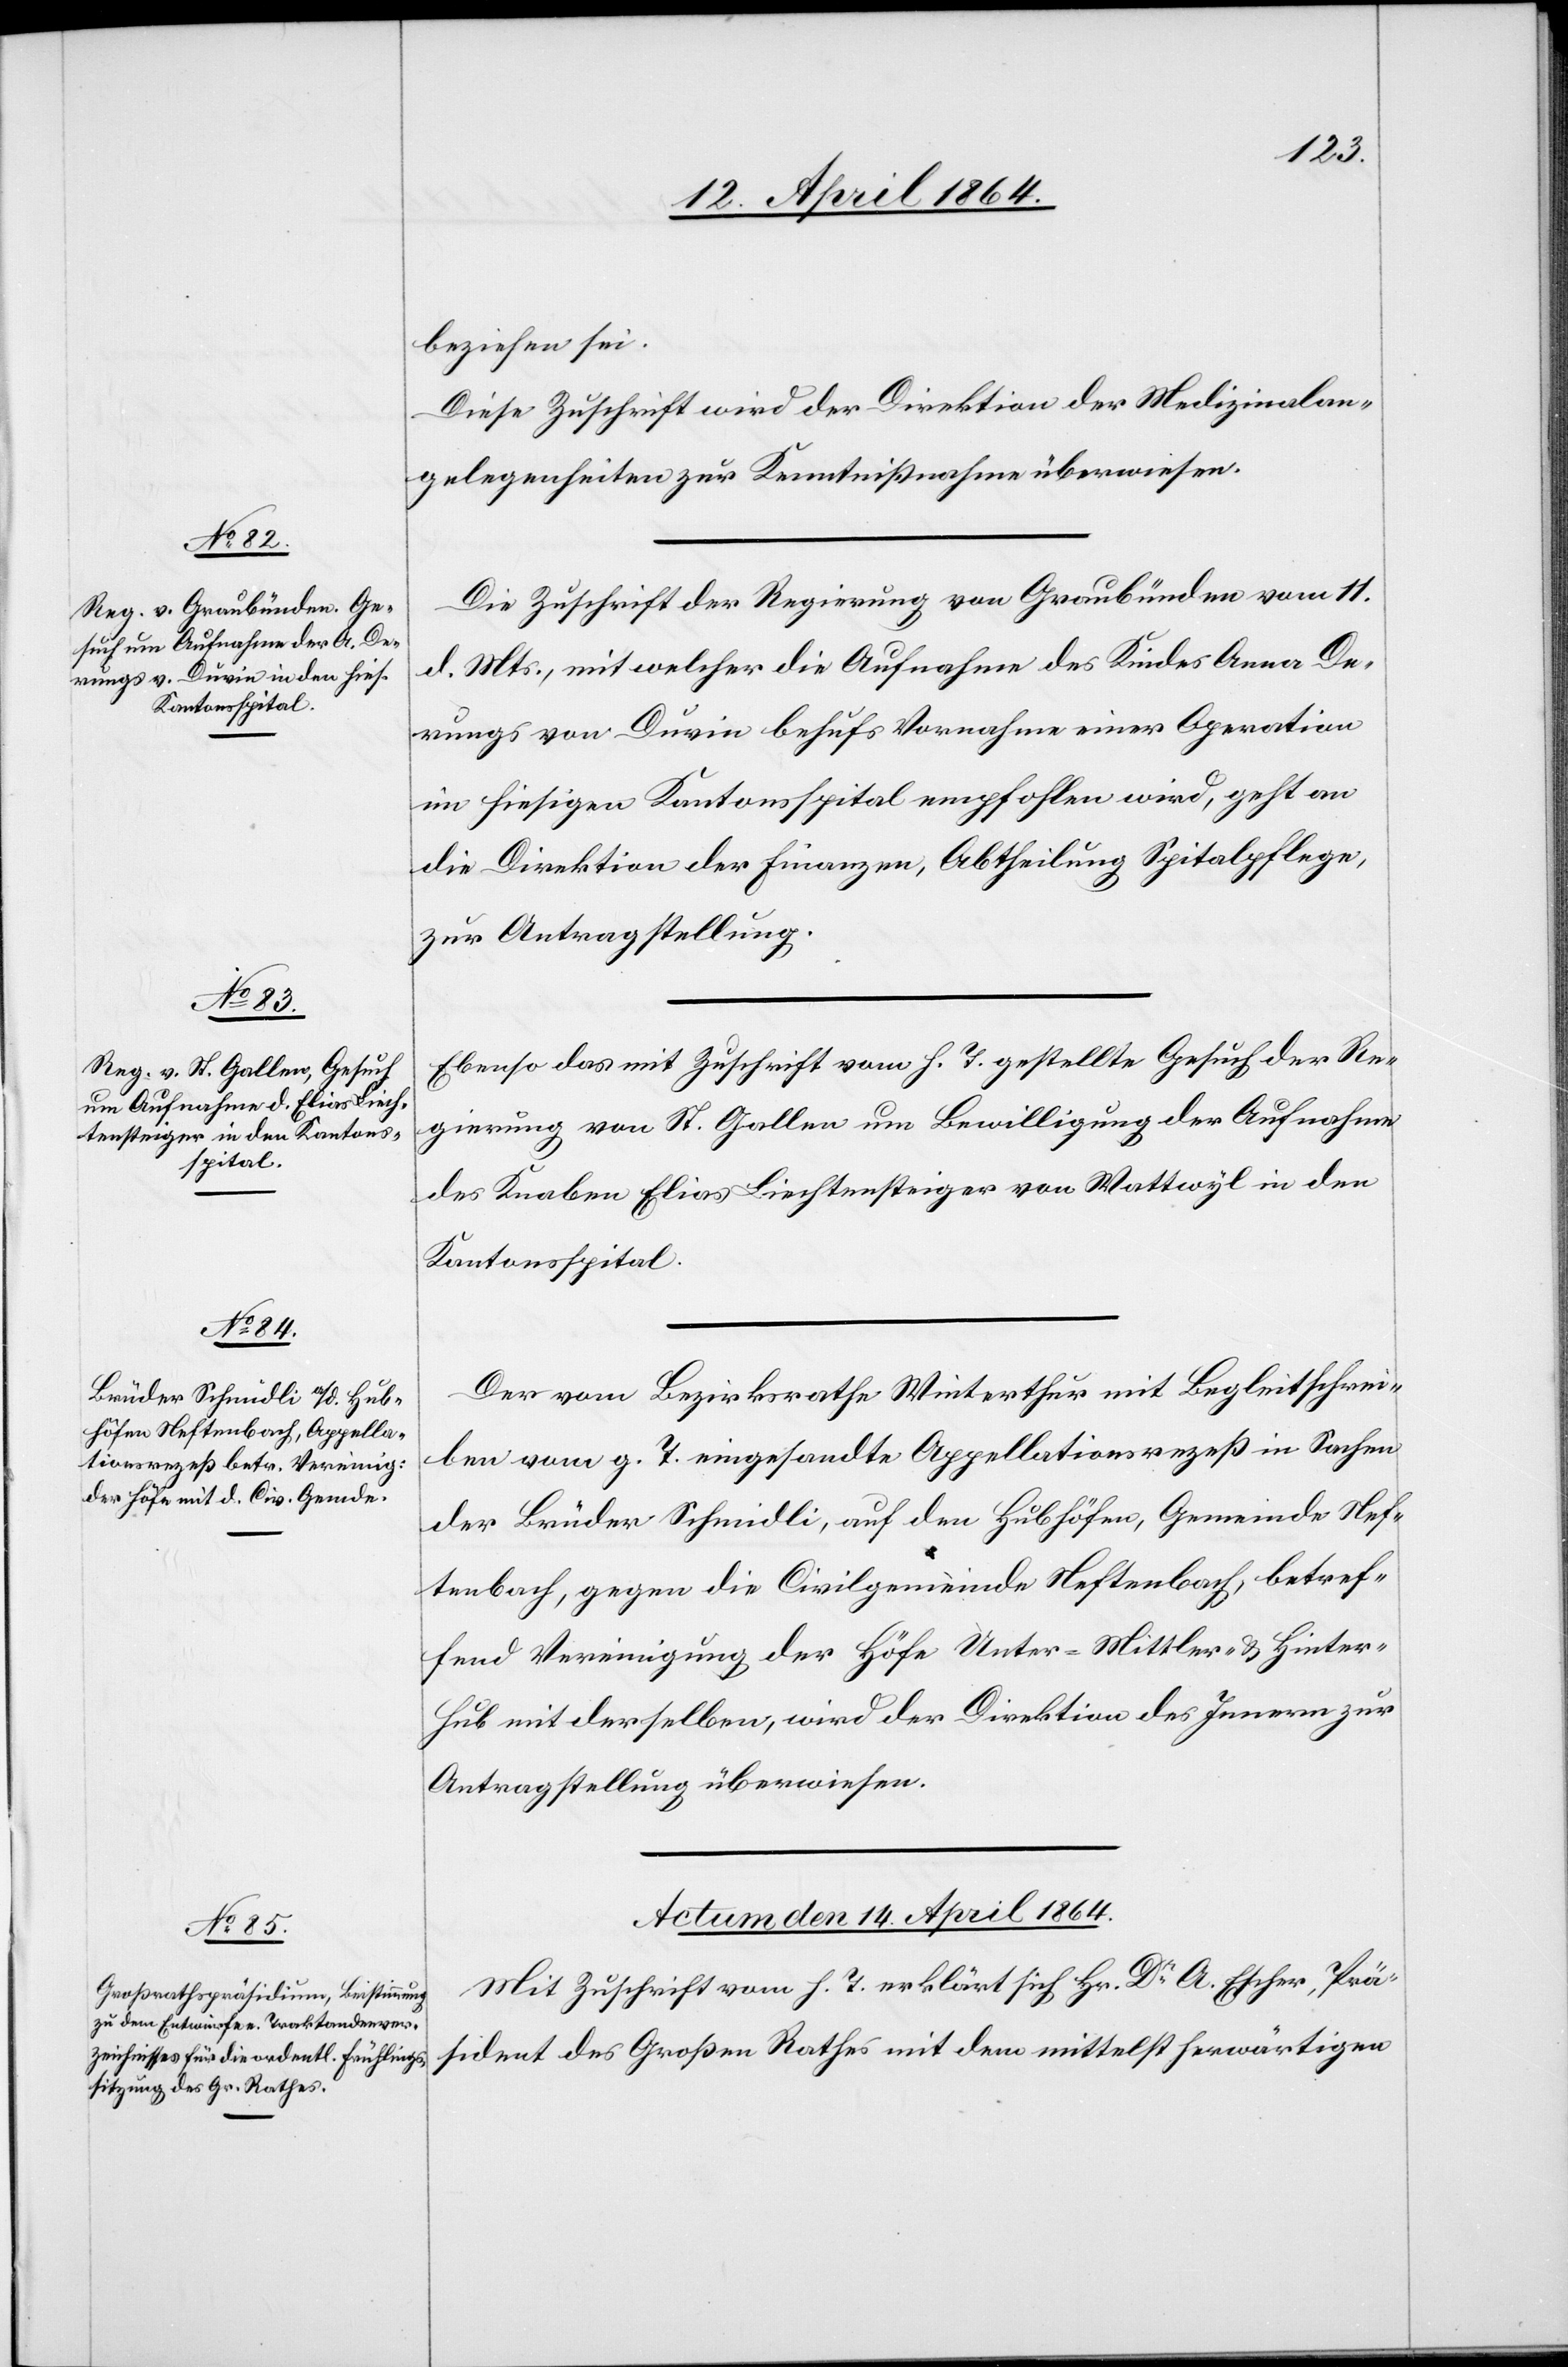
beziehen sei.
Diese Zuschrift wird der Direktion der Medizinalan¬
gelegenheiten zur Kenntnißnahme überwiesen.
Die Zuschrift der Regierung von Graubünden vom 11.
d. Mts., mit welcher die Aufnahme des Kindes Anna De¬
rungs von Duvin behufs Vornahme einer Operation
im hiesigen Kantonsspital empfohlen wird, geht an
die Direktion der Finanzen, Abtheilung Spitalpflege,
zur Antragstellung.
Ebenso das mit Zuschrift vom h. T. gestellte Gesuch der Re¬
gierung von St. Gallen um Bewilligung der Aufnahme
des Knaben Elias Liechtensteiger von Wattwyl in den
Kantonsspital.
Der vom Bezirksrathe Winterthur mit Begleitschrei¬
ben vom g. T. eingesandte Appellationsrezeß in Sachen
der Brüder Schmidli, auf den Hubhöfen, Gemeinde Nef¬
tenbach, gegen die Civilgemeinde Neftenbach, betref¬
fend Vereinigung der Höfe Unter-[,] Mittler-[,] u. Hinter-H¬
ub mit derselben, wird der Direktion des Innern zur
Antragstellung überwiesen.
Actum den 14. April 1864.
Mit Zuschrift vom h. T. erklärt sich Hr. Dr A. Escher, Prä¬
sident des Großen Rathes mit dem mittelst herwärtigen